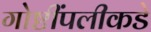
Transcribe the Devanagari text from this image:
गोष्टींपलीकडे